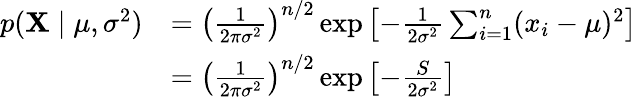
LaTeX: {\begin{array}{rl}{p(\mathbf{X}\mid\mu,\sigma^{2})}&{=\left({\frac{1}{2\pi\sigma^{2}}}\right)^{n/2}\exp\left[-{\frac{1}{2\sigma^{2}}}\sum_{i=1}^{n}(x_{i}-\mu)^{2}\right]}\\ &{=\left({\frac{1}{2\pi\sigma^{2}}}\right)^{n/2}\exp\left[-{\frac{S}{2\sigma^{2}}}\right]}\end{array}}